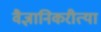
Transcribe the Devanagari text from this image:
वैज्ञानिकरीत्या